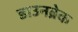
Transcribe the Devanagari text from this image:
डाउनब्रेक